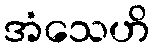
အံသေဟိ